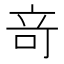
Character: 竒